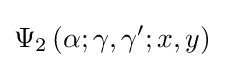
\Psi _{2}\left(\alpha ;\gamma ,\gamma ';x,y\right)